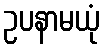
ဥပနာမယုံ